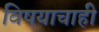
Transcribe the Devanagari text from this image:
विषयाचाही